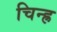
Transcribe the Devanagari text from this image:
चिन्ह्र